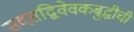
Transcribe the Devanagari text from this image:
सदसद्विवेवकबुद्धीची